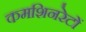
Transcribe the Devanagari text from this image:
कमशिनरेटों